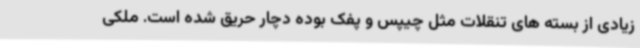
زیادی از بسته های تنقلات مثل چیپس و پفک بوده دچار حریق شده است. ملکی